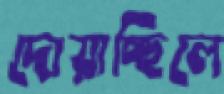
দোয়াচ্ছিলে